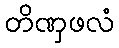
တိဏှဖလံ